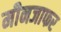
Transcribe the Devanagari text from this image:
मीनजाफर